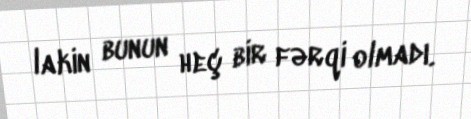
lakin bunun heç bir fərqi olmadı.